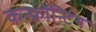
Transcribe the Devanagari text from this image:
कन्फ्रॉन्टिंग